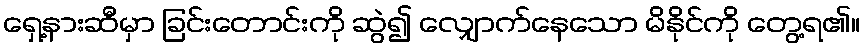
ရှေ့နားဆီမှာ ခြင်းတောင်းကို ဆွဲ၍ လျှောက်နေသော မိနိုင်ကို တွေ့ရ၏။